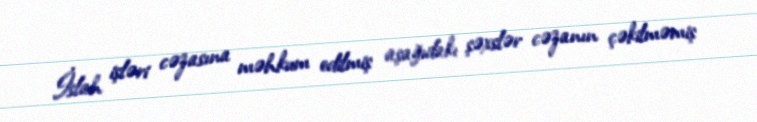
İslah işləri cəzasına məhkum edilmiş aşağıdakı şəxslər cəzanın çəkilməmiş